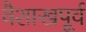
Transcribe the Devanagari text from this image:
वैशाखपूर्व